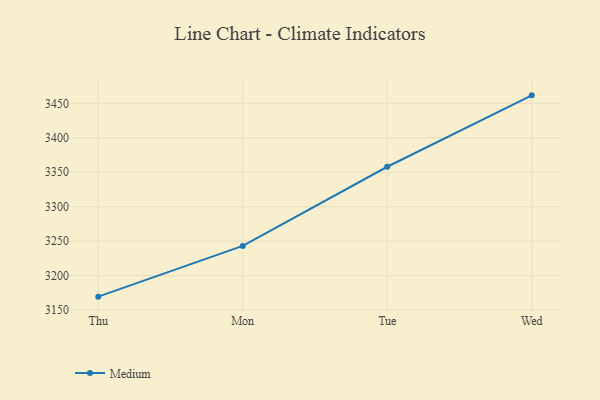
{"axis": {"x": "Day", "y": "Revenue (USD Million)"}, "legend": ["Medium"], "data": [{"x": "Thu", "y": 3169.5, "type": "Medium"}, {"x": "Mon", "y": 3243.1, "type": "Medium"}, {"x": "Tue", "y": 3358.0, "type": "Medium"}, {"x": "Wed", "y": 3461.6, "type": "Medium"}]}